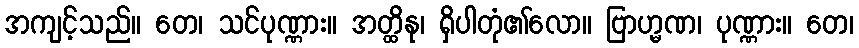
အကျင့်သည်။ တေ၊ သင်ပုဏ္ဏား။ အတ္ထိနု၊ ရှိပါတုံ၏လော။ ဗြာဟ္မဏ၊ ပုဏ္ဏား။ တေ၊